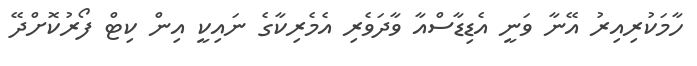
ހާމަކުރިއިރު އޭނާ ވަނީ އެޑިޑާސްއާ ވާދަވެރި އެމެރިކާގެ ނައިކީ އިން ކިޓް ފޯރުކޮށްދޭ